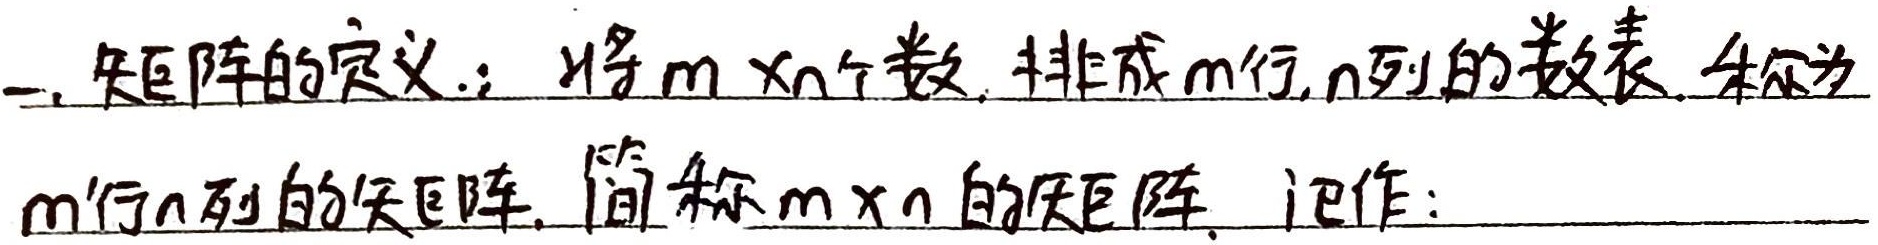
一、矩阵的定义：将\(m\times n\)个数，排成\(m\)行，\(n\)列的数表，称为\(m\)行\(n\)列的矩阵，简称\(m\times n\)的矩阵，记作：